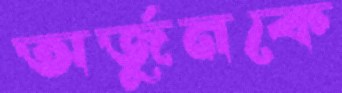
অর্জুনকে